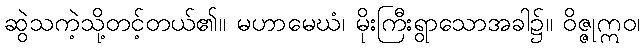
ဆွဲသကဲ့သို့တင့်တယ်၏။ မဟာမေဃံ၊ မိုးကြီးရွာသောအခါ၌။ ဝိဇ္ဇုဣဝ၊